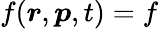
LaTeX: f(\boldsymbol{r},\boldsymbol{p},t)=f